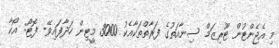
މި އެޖެންޓުން ޓޫރިޒަމް ސިނާއަތުގެ ފަރާތްތަކާއެކު 3000 މީޓިން ހަދާފައިވޭ- ފޮޓޯ: އޯކާ